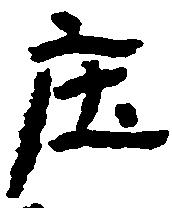
庄